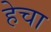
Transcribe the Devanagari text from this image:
हेचा